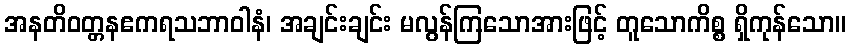
အနတိဝတ္တနဧကရသဘာဝါနံ၊ အချင်းချင်း မလွန်ကြသောအားဖြင့် တူသောကိစ္စ ရှိကုန်သော။